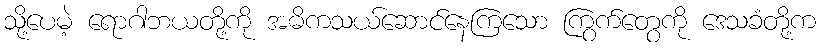
သို့ပေမဲ့ ရောဂါဘယတို့ကို အဓိကသယ်ဆောင်နေကြသော ကြွက်တွေကို ဒေသခံတို့က